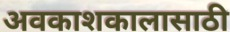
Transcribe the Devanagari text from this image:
अवकाशकालासाठी